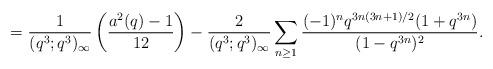
LaTeX: \begin{align*}=\frac{1}{(q^3;q^3)_{\infty}}\left(\frac{a^2(q)-1}{12}\right)-\frac{2}{(q^3;q^3)_{\infty}}\sum_{n\ge1}\frac{(-1)^n q^{3n(3n+1)/2}(1+q^{3n})}{(1-q^{3n})^2}.\end{align*}